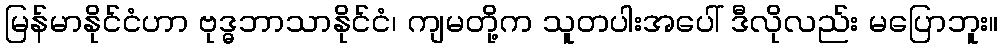
မြန်မာနိုင်ငံဟာ ဗုဒ္ဓဘာသာနိုင်ငံ၊ ကျမတို့က သူတပါးအပေါ် ဒီလိုလည်း မပြောဘူး။